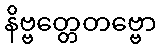
နိဗ္ဗတ္တေတဗ္ဗော